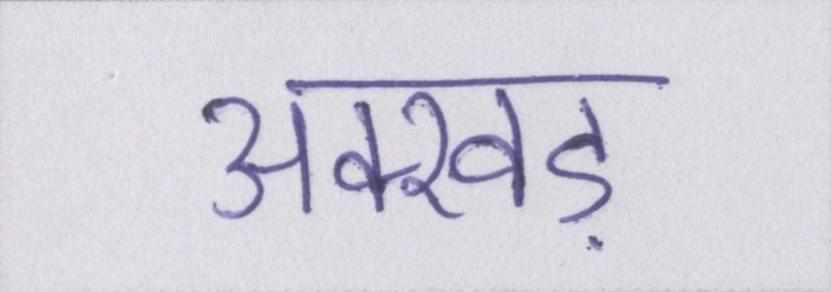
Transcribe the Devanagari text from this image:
अक्खड़